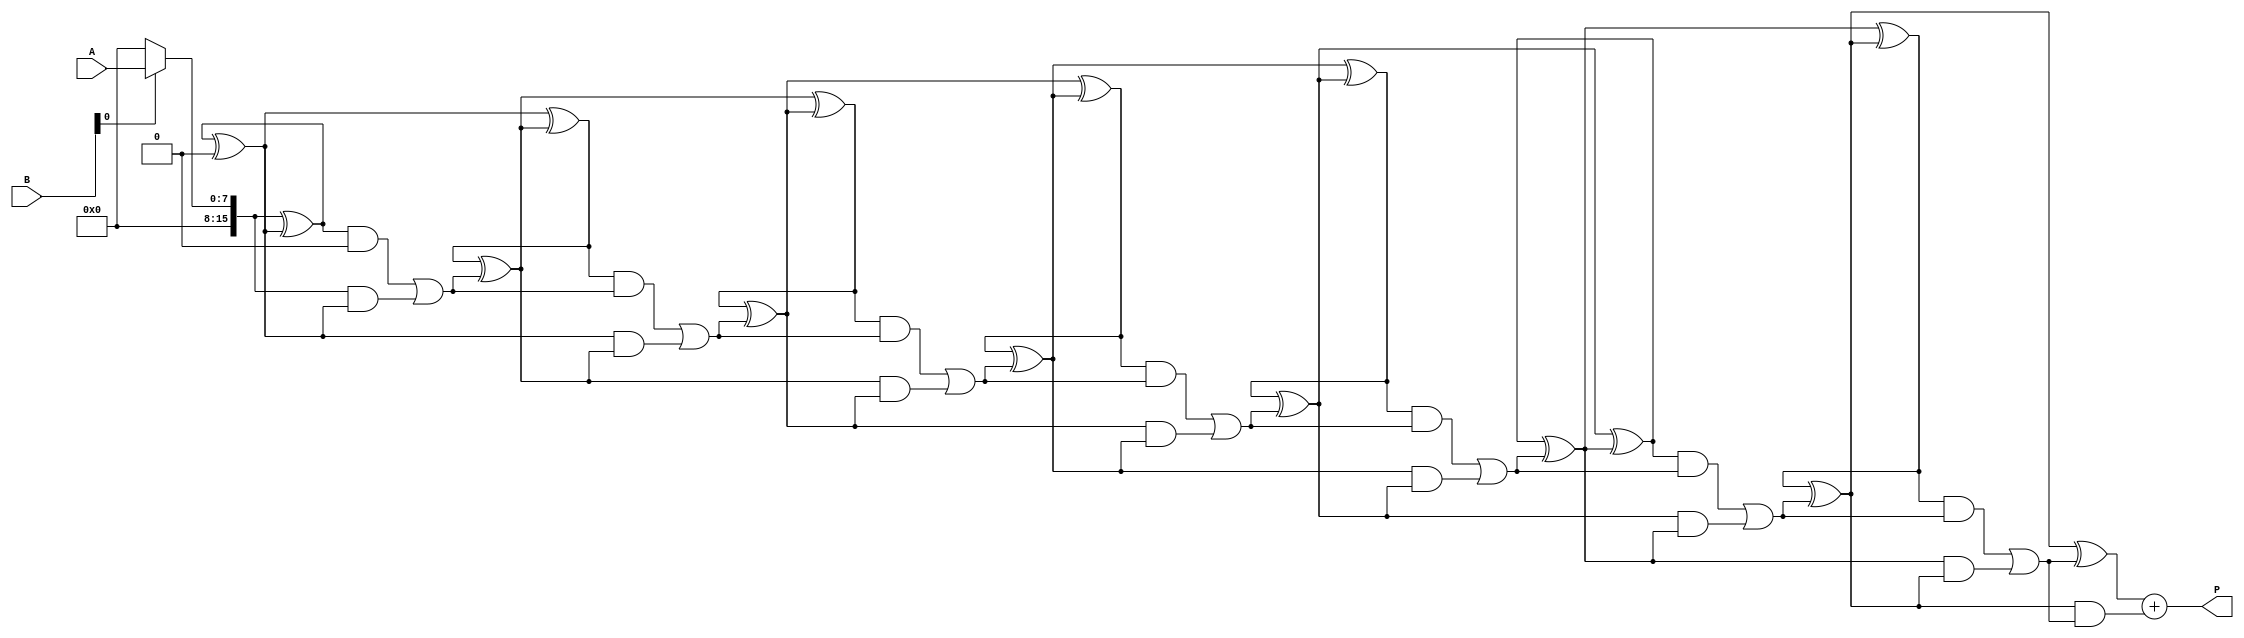
module variable_length_wallace_tree_multiplier #(
    parameter WIDTH_A = 8, // Width of input A
    parameter WIDTH_B = 8  // Width of input B
)(
    input [WIDTH_A-1:0] A,  // Multiplicand
    input [WIDTH_B-1:0] B,  // Multiplier
    output reg [WIDTH_A + WIDTH_B - 1:0] P  // Product
);
    wire [WIDTH_A + WIDTH_B - 1:0] partial_products [0:WIDTH_B-1];
    wire [WIDTH_A + WIDTH_B - 1:0] reduced_sum [0:WIDTH_A + WIDTH_B - 1];
    
    // Generate Partial Products
    genvar i;
    generate
        for (i = 0; i < WIDTH_B; i = i + 1) begin : pp_gen
            assign partial_products[i] = (B[i]) ? (A << i) : 0;
        end
    endgenerate

    // Wallace Tree Reduction
    wire [WIDTH_A + WIDTH_B - 1:0] level_sum [0:WIDTH_A + WIDTH_B - 1];
    wire [WIDTH_A + WIDTH_B - 1:0] level_carry [0:WIDTH_A + WIDTH_B - 1];

    // Initial level 0
    assign level_sum[0] = partial_products[0];
    assign level_carry[0] = 0;

    // Recursive Addition Loop
    generate
        for (i = 0; i < WIDTH_B; i = i + 1) begin : reduction
            if (i < WIDTH_B - 1) begin
                wire [WIDTH_A + WIDTH_B - 1:0] sum_temp;
                wire [WIDTH_A + WIDTH_B - 1:0] carry_temp;
                
                // Half Adder for two inputs
                assign sum_temp = level_sum[i] ^ level_sum[i+1];
                assign carry_temp = level_sum[i] & level_sum[i+1];
                
                // Full Adder Logic
                assign level_sum[i + 1] = sum_temp ^ level_carry[i];
                assign level_carry[i + 1] = (sum_temp & level_carry[i]) | carry_temp;
            end
        end
    endgenerate

    // Final Addition
    wire [WIDTH_A + WIDTH_B - 1:0] final_sum;
    wire [WIDTH_A + WIDTH_B - 1:0] final_carry;

    assign final_sum = level_sum[WIDTH_B - 1] ^ level_carry[WIDTH_B - 1];
    assign final_carry = level_sum[WIDTH_B - 1] & level_carry[WIDTH_B - 1];

    // Assigning the final product
    always @(*) begin
        P = final_sum + final_carry;
    end
endmodule